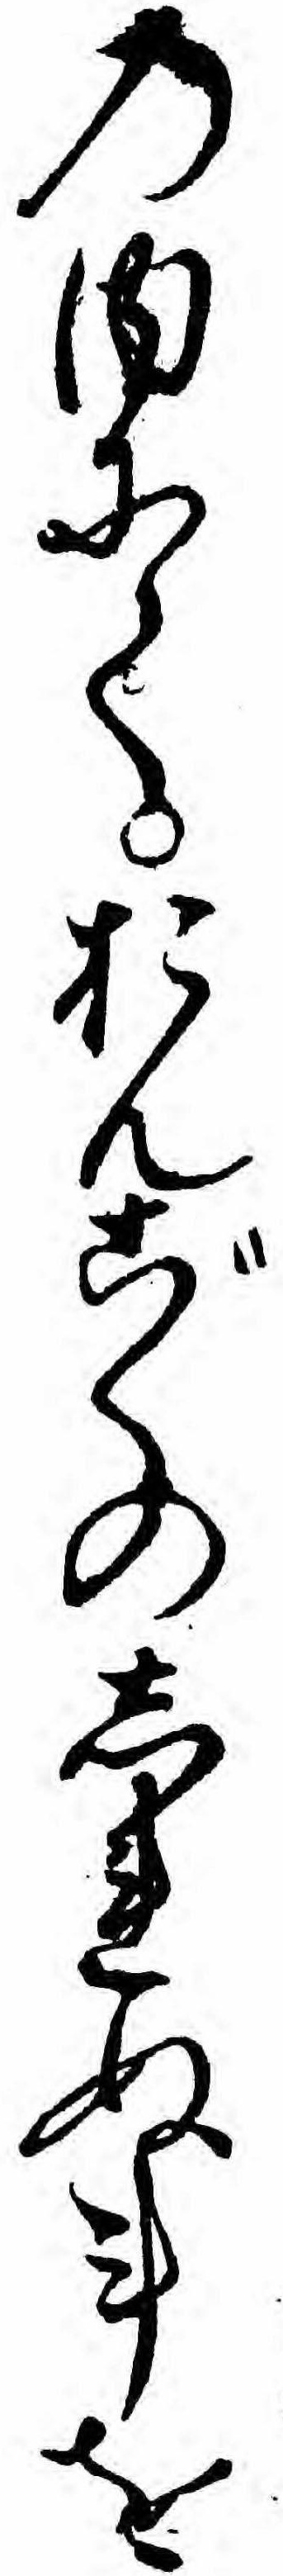
の内にておんごくのしれぬ事を